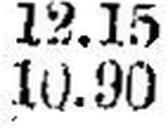
10.90